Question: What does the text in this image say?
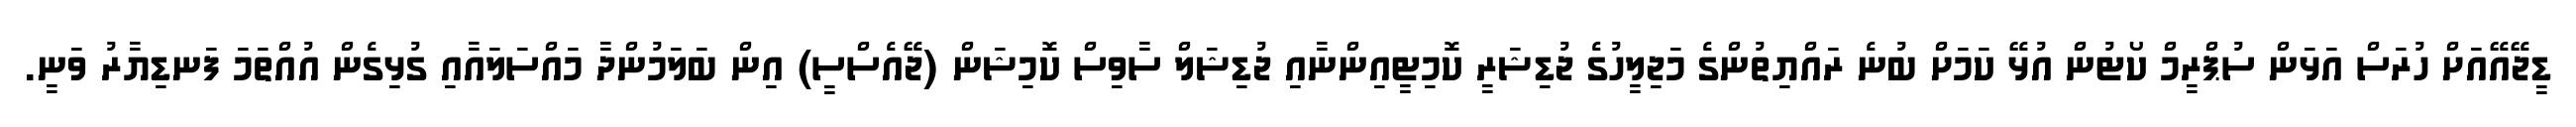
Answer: ޑީޖޭއޭއަށް ހުރަސް އަޅަން ސުޕްރީމް ކޯޓުން އުޅޭ ކަމަށް ބުނެ ރައްޔިތުންގެ މަޖިލީހުގެ ޖުޑިޝަރީ ކޮމިޓީއިންނާއި ޖުޑިޝަލް ސާވިސް ކޮމިޝަން (ޖޭއެސްސީ) އިން ބަލަމުންދާ މައްސަލައާއި ގުޅިގެން އުއްތަމަ ފަނޑިޔާރު ވަނީ.